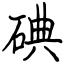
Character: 碘